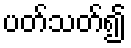
ပတ်သတ်၍